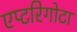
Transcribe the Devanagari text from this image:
एप्टरिगोटा